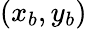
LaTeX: (x_{b},y_{b})